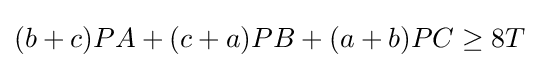
(b+c)PA+(c+a)PB+(a+b)PC\geq 8T